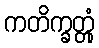
ကတိက္ခတ္တုံ